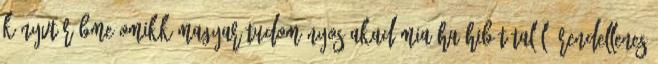
Könyvtár BME-OMIKK Magyar Tudományos Akadémia Ha hibát talál, rendellenes